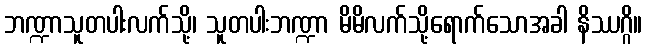
ဘဏ္ဍာသူတပါးလက်သို့၊ သူတပါးဘဏ္ဍာ မိမိလက်သို့ရောက်သောအခါ နိဿဂ္ဂိ။